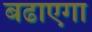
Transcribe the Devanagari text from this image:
बढाएगा